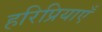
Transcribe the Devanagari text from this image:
हरिप्रियाएँ